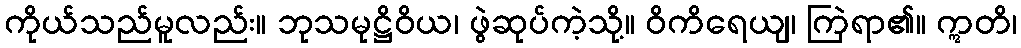
ကိုယ်သည်မူလည်း။ ဘုသမုဋ္ဌိဝိယ၊ ဖွဲဆုပ်ကဲ့သို့။ ဝိကိရေယျ၊ ကြဲရာ၏။ ဣတိ၊